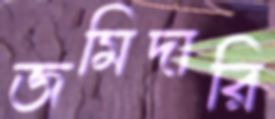
জমিদারি